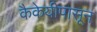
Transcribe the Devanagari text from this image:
कैकेयीपासून